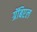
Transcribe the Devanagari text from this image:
ग्रॅबिएल